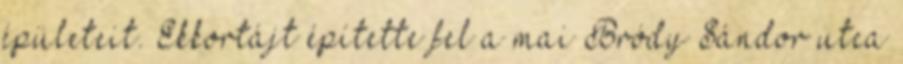
épületeit. Ekkortájt építette fel a mai Bródy Sándor utca